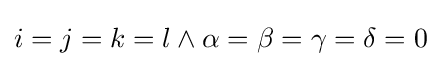
i=j=k=l\wedge \alpha =\beta =\gamma =\delta =0